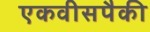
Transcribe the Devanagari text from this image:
एकवीसपैकी